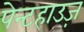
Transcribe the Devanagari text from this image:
पेन्टहाउज़